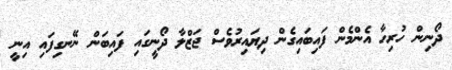
ދޯނިން ހުރިހާ އެންމެން ފައިބައިގެން ދިޔައިރުވެސް ޖަޒްލާ ދޯނީގައި ފައިބަން ނޭނގިފައި އިނީ